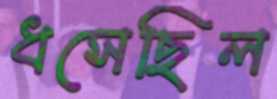
ধসেছিল